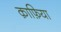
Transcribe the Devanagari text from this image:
क़ाफ़िया